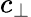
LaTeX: c_{\perp}